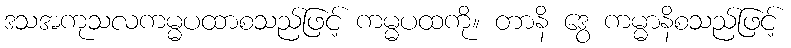
ဒသအကုသလကမ္မပထာစသည်ဖြင့် ကမ္မပထကို။ တာနိ ဒွေ ကမ္မာနိစသည်ဖြင့်